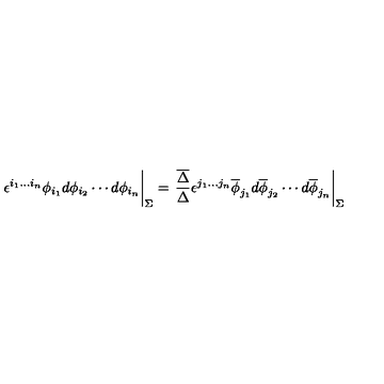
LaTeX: \left. \phantom { { \frac { A } { B } } } { \epsilon ^ { i _ { 1 } \ldots i _ { n } } \phi _ { i _ { 1 } } d \phi _ { i _ { 2 } } \cdots d \phi _ { i _ { n } } } \right| _ { \Sigma } = \left. { \frac { \overline { { \Delta } } } { \Delta } } { \epsilon ^ { j _ { 1 } \ldots j _ { n } } \overline { { \phi } } _ { j _ { 1 } } d \overline { { \phi } } _ { j _ { 2 } } \cdots d \overline { { \phi } } _ { j _ { n } } } \right| _ { \Sigma }